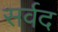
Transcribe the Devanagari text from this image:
सर्वद